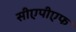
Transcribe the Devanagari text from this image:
सीएपीएफ